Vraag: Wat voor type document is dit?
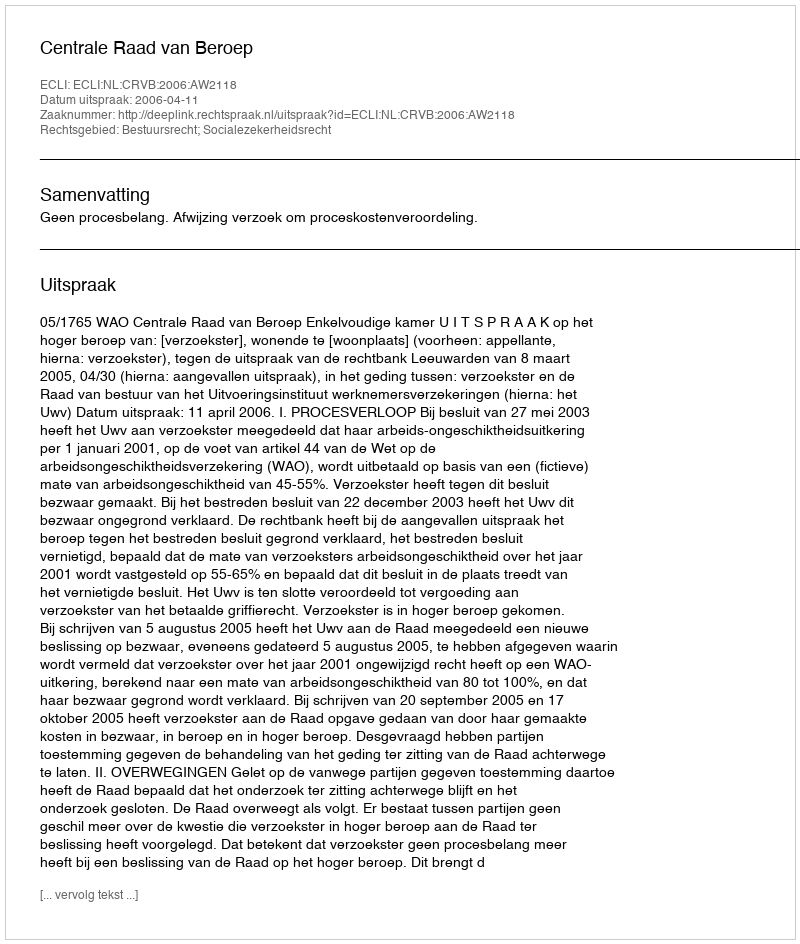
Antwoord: Uitspraak